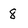
Character: 8